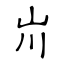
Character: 𡵅